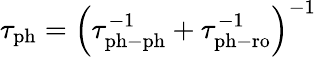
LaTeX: \begin{array}{r}{\tau_{\mathrm{ph}}=\left(\tau_{\mathrm{ph-ph}}^{-1}+\tau_{\mathrm{ph-ro}}^{-1}\right)^{-1}}\end{array}